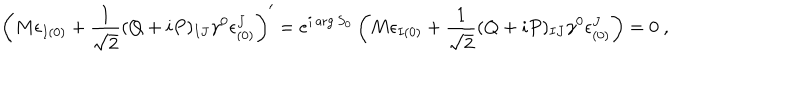
\left( M \epsilon _ { I ( 0 ) } + { \frac { 1 } { \sqrt 2 } } ( Q + i P ) _ { I J } \gamma ^ { 0 } \epsilon _ { ( 0 ) } ^ { J } \right) ^ { \prime } = e ^ { i \arg S _ { 0 } } \left( M \epsilon _ { I ( 0 ) } + { \frac { 1 } { \sqrt 2 } } ( Q + i P ) _ { I J } \gamma ^ { 0 } \epsilon _ { ( 0 ) } ^ { J } \right) = 0 \ ,